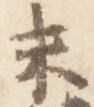
未